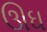
ઊઘ